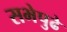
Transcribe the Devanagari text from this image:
सभेपुढे